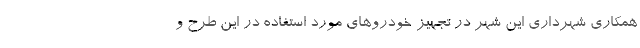
همکاری شهرداری این شهر در تجهیز خودروهای مورد استفاده در این طرح و